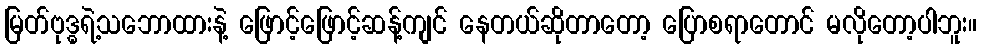
မြတ်ဗုဒ္ဓရဲ့သဘောထားနဲ့ ဖြောင့်ဖြောင့်ဆန့်ကျင် နေတယ်ဆိုတာတော့ ပြောစရာတောင် မလိုတော့ပါဘူး။